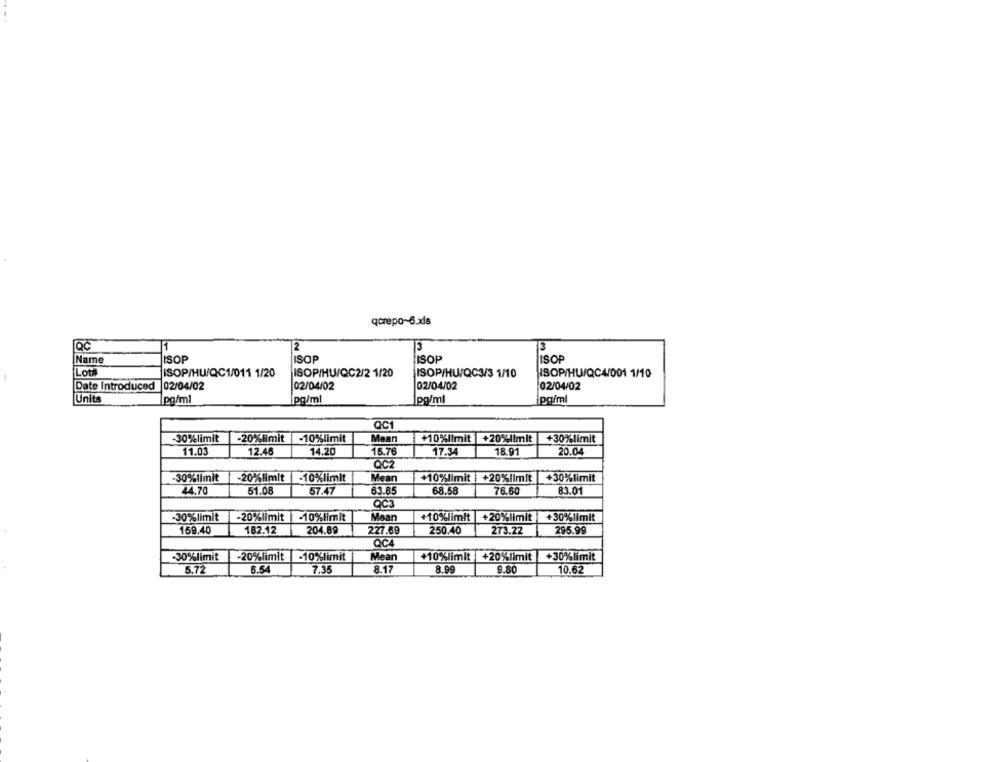
qorepo~6.xls
QC
2
Name
ISOP
ISOP
ISOP
ISOP
Lota
ISOP/HU/QC1/011 1/20
ISOP/HU/QC2/2 1/20
ISOP/HU/QC3/3 1/10
ISOP/HU/QC4/001 1/10
1
Date Introduced 02/04/02
02/04/02
02/04/02
02/04/02
Units
[pg/ml
[pg/ml
pg/ml
iPg/ml
QC1
-30%limit
-20%limit
-10%limit
Mean
+10%limit |+20%1lmit
+30%limit
11.03
12.46
14.20
15.76
17.34
18.91
20.04
QC2
30%limit
-20%limit -10%limit
Mean
+10%limit +20%limit +30%limit
44.70
51.08
57.47
63.85
68.58
76.60
83.01
QC3
-30%limit
-20%limit 10%limit
Mean
+10%limit
+20%limit
+30%limit
159.40
182.12
204.89
227.69
250.40
273.22
295.99
QC4
-30%limit
-20%limit -10%limit
Mean
+10%limit
+20%limit
+30%limit
5.72
6.54
7.35
8.17
8.99
9.80
10.62